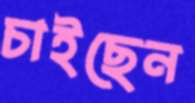
চাইছেন